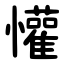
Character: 懽